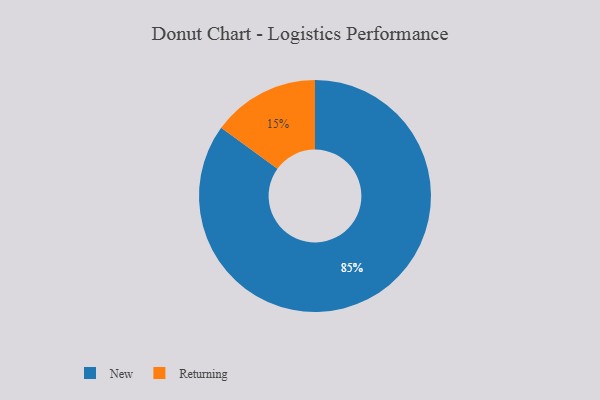
{"axis": {"x": "Category", "y": "Percentage"}, "legend": ["New", "Returning"], "data": [{"x": "New", "y": 85, "type": "New"}, {"x": "Returning", "y": 15, "type": "Returning"}]}